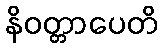
နိဝတ္တာပေတိ